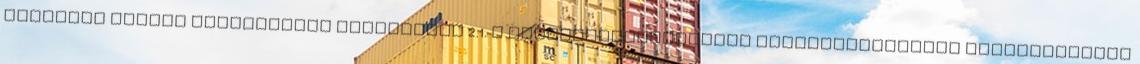
szolgáló elemek szilárdsági vizsgálata 2.1. A szerelvényszekrényt rendeltetésszerû használatának